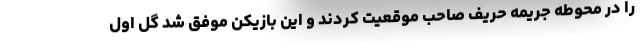
را در محوطه جریمه حریف صاحب موقعیت کردند و این بازیکن موفق شد گل اول